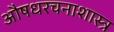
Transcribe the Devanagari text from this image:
औषधरचनाशास्त्र